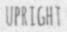
UPRIGHT